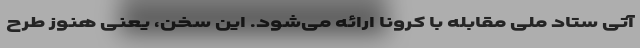
آتی ستاد ملی مقابله با کرونا ارائه می‌شود. این سخن، یعنی هنوز طرح